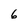
Character: 6